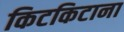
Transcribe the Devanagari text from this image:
किटकिटाना